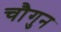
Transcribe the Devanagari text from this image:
चौगुन